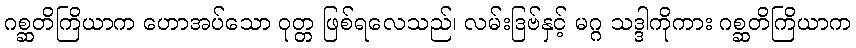
ဂစ္ဆတိကြိယာက ဟောအပ်သော ဝုတ္တ ဖြစ်ရလေသည်၊ လမ်းဒြဗ်နှင့် မဂ္ဂ သဒ္ဒါကိုကား ဂစ္ဆတိကြိယာက